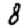
Digit: 8